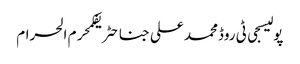
پولیسجی ٹی روڈمحمد علی جناحٹریفکمحرم الحرام